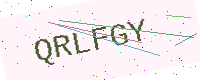
Text: QRLFGY